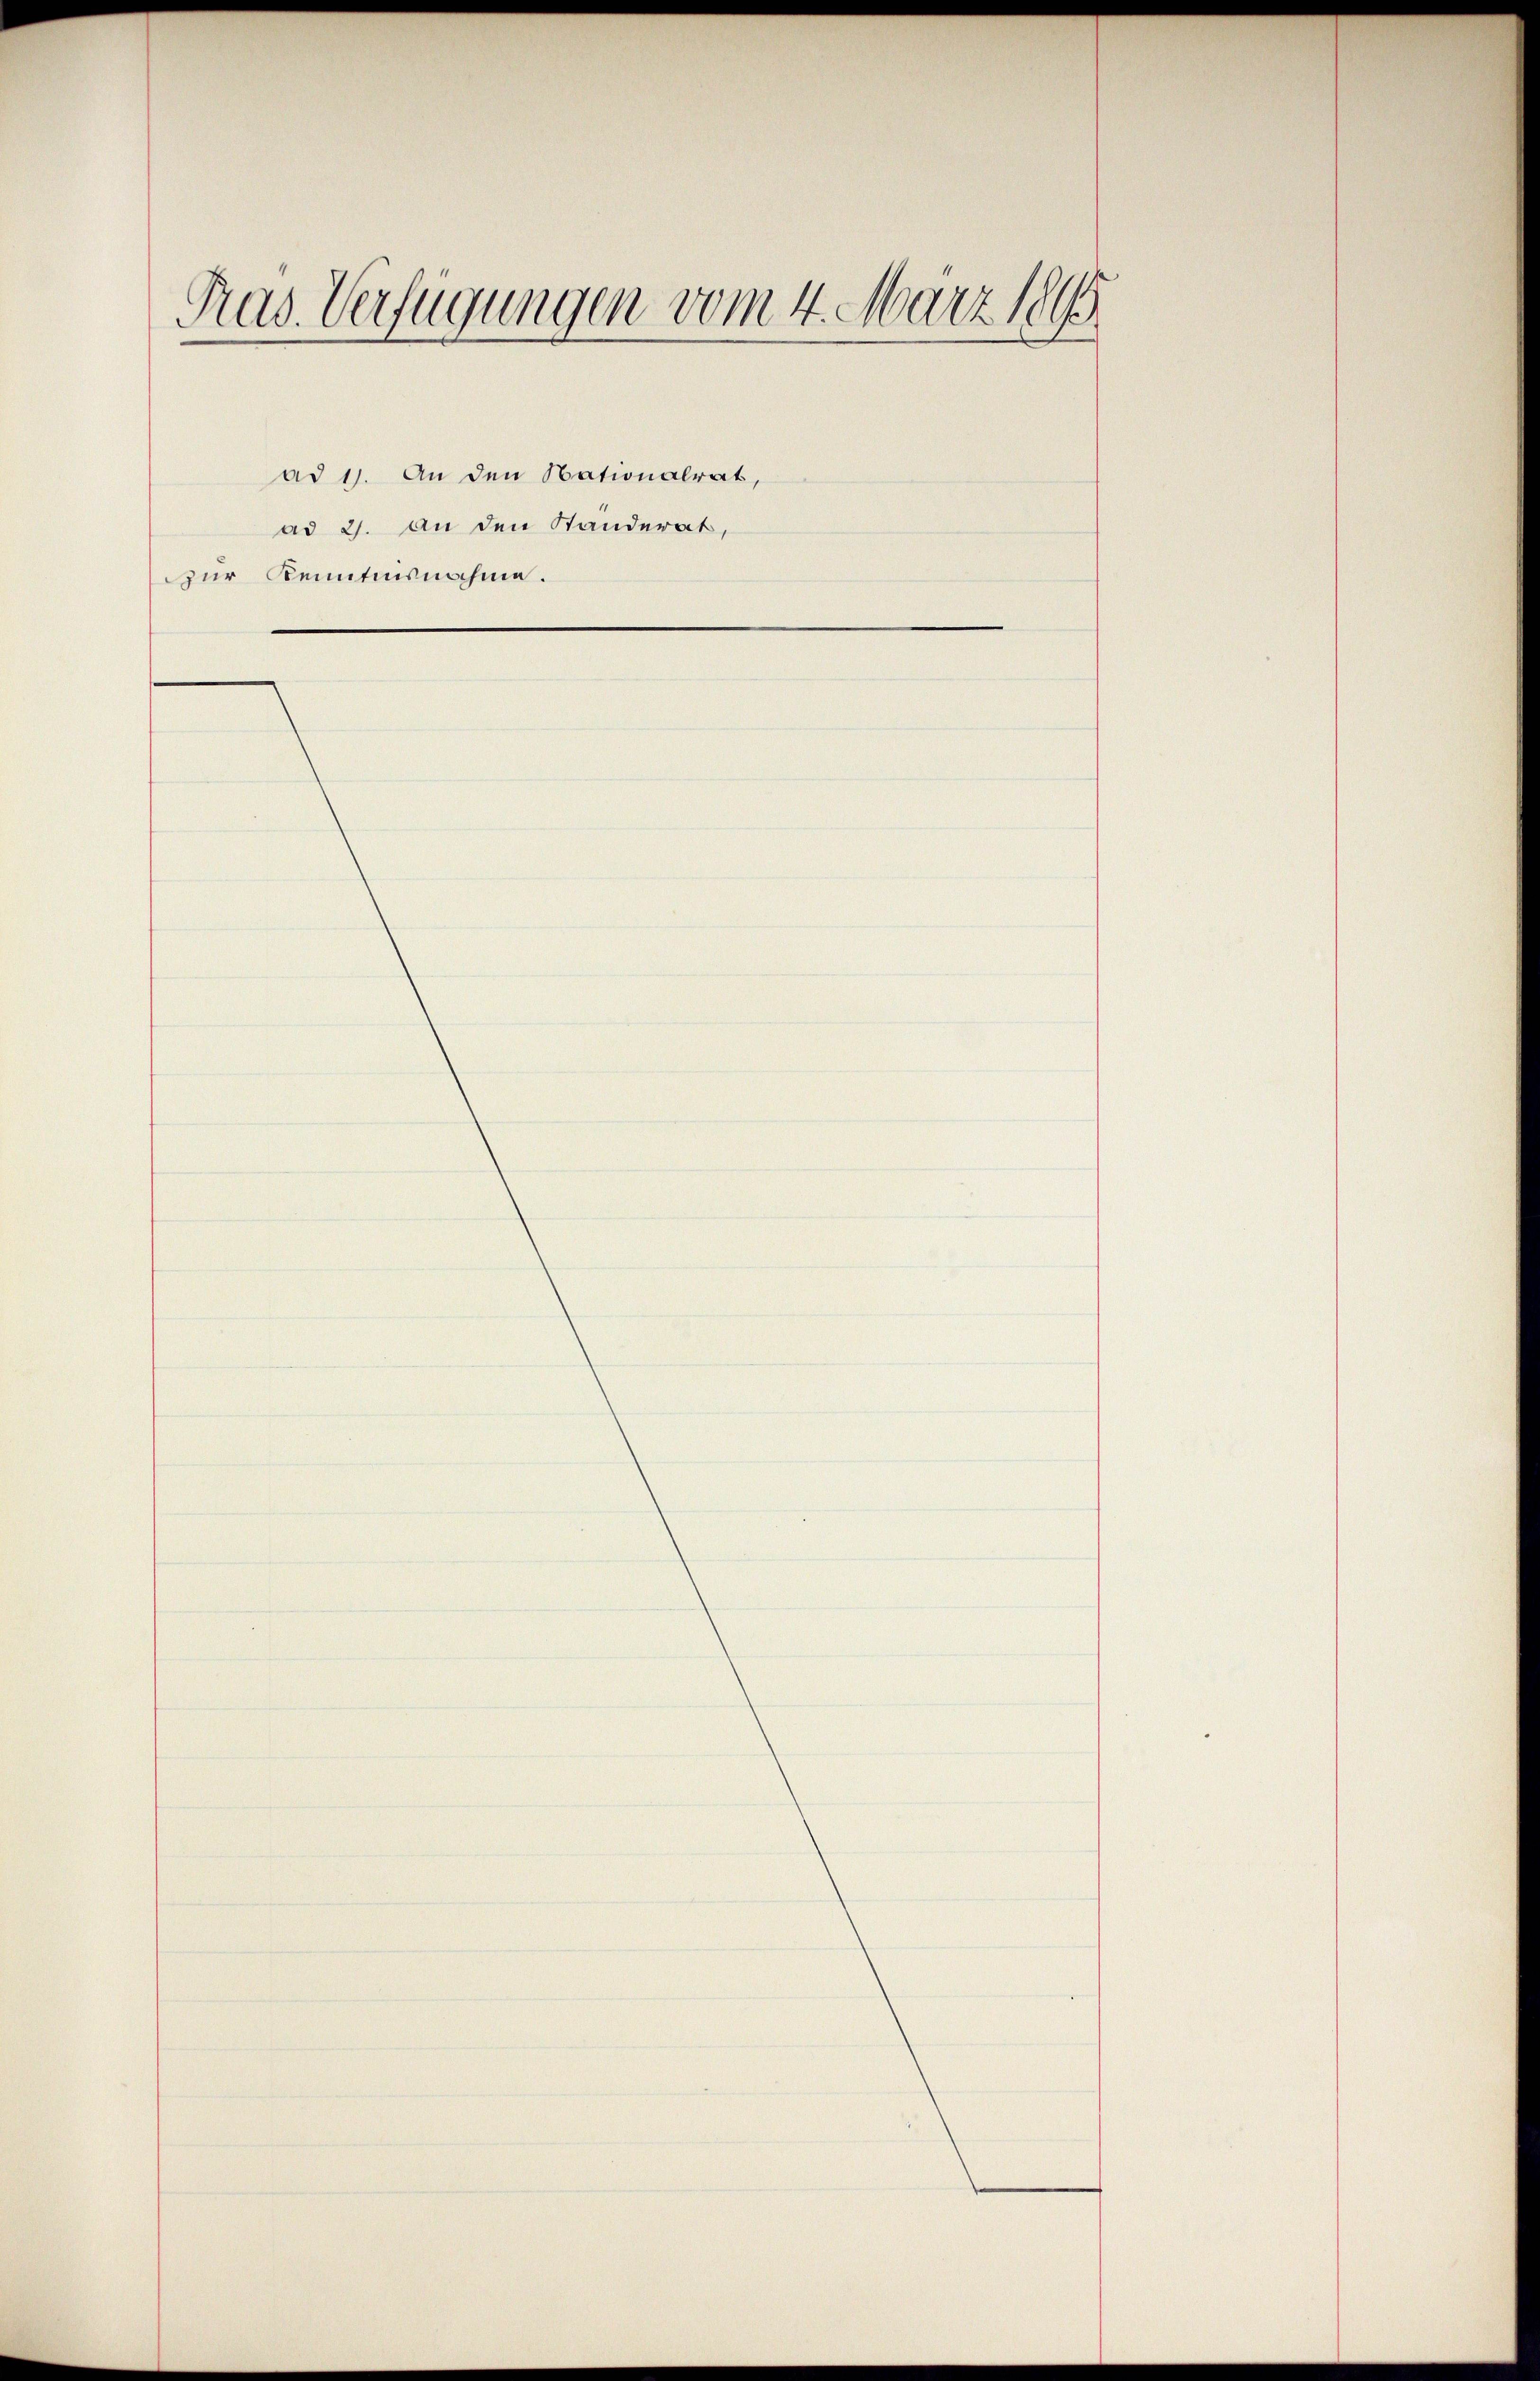
Ras. Verfügungen vom 4. März 1895
ad 1. An den Nationalrat,
ad 2. An den Standerat,
zur Kenntnisnahme.